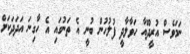
ނަމަވެސް އުރީދޫއާ ހަވާލާދީ ފުލުހުން ބުނީ އެ ތަނުގައި އެ ހާގިނަ އަދަދަކަށް